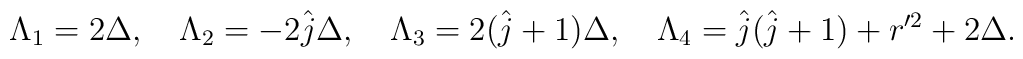
\Lambda_{1}=2\Delta,\quad \Lambda_{2}=-2\hat{j}\Delta,\quad\Lambda_{3}= 2(\hat{j}+1)\Delta ,\quad\Lambda_{4}= \hat{j}(\hat{j}+1)+r'^{2}+2\Delta.